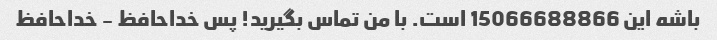
باشه این 15066688866 است. با من تماس بگیرید! پس خداحافظ - خداحافظ